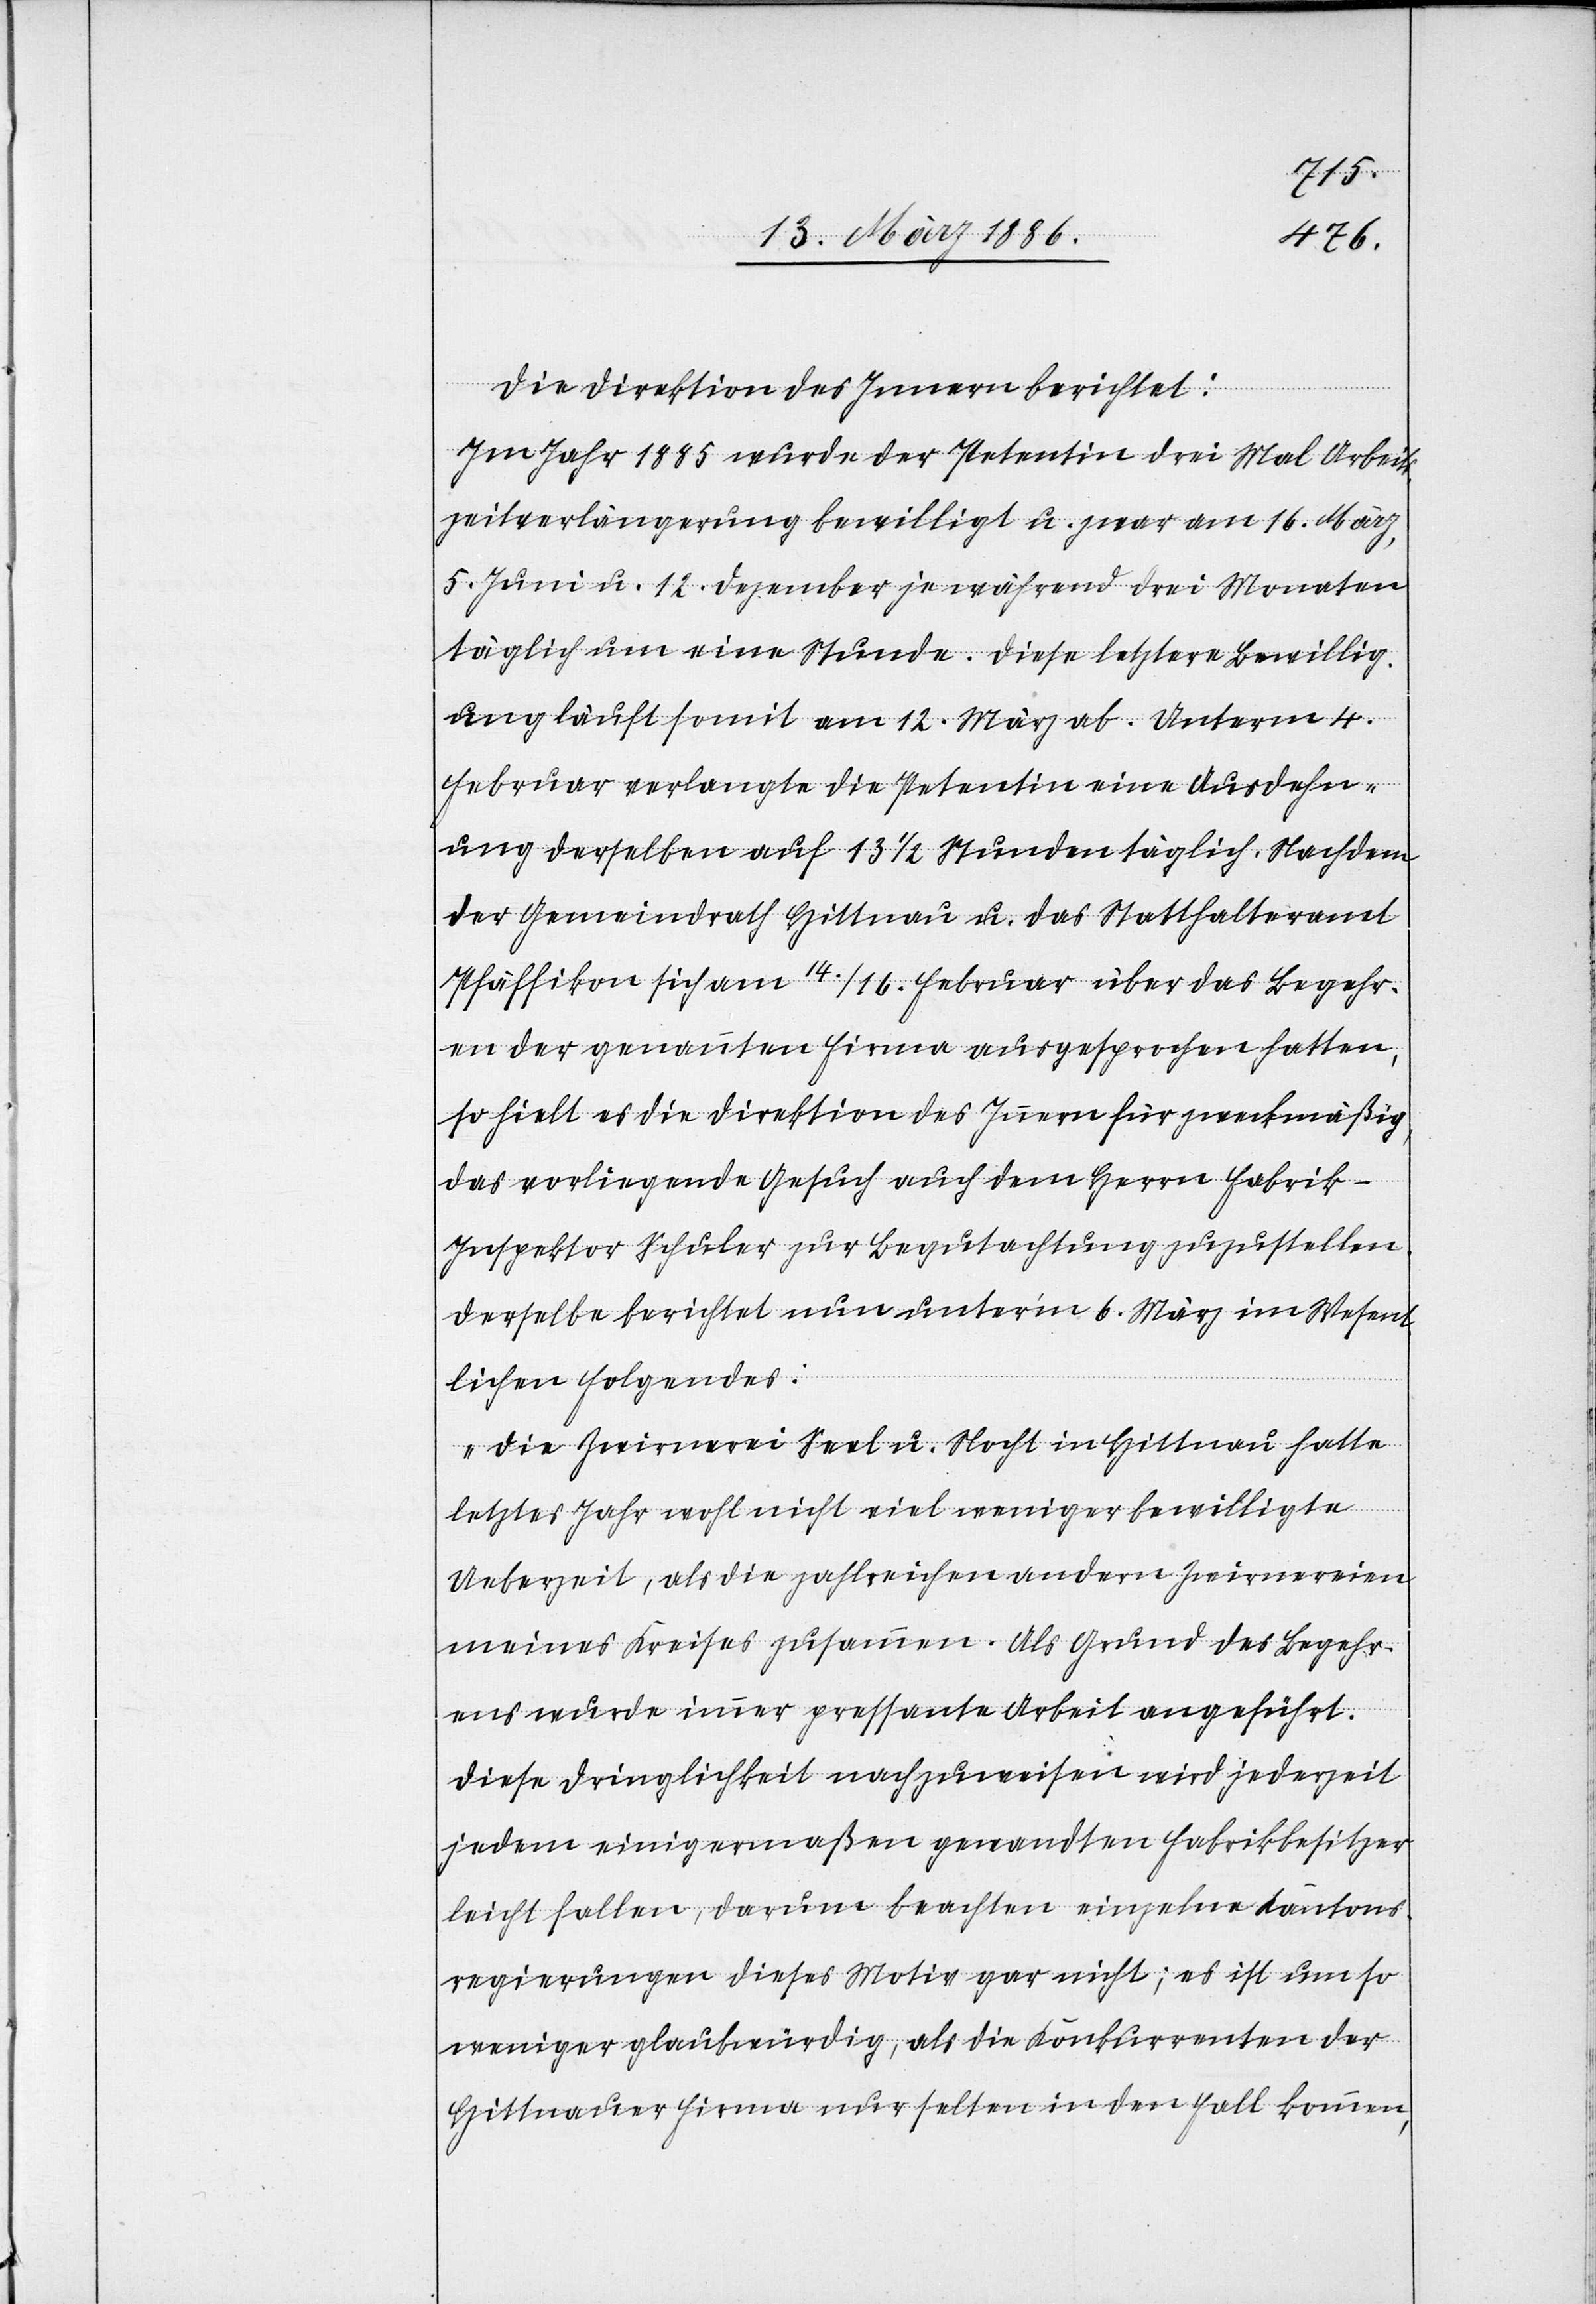
Die Direktion des Innern berichtet:
Im Jahr 1885 wurde der Petentin drei Mal Arbeits¬
zeitverlängerung bewilligt u. zwar am 16. März,
5. Juni u. 12. Dezember je während drei Monaten
täglich um eine Stunde. Diese letztere Bewillig¬
ung läuft somit am 12. März ab. Unterm 4.
Februar verlangte die Petentin eine Ausdehn¬
ung derselben auf 13 1/2 Stunden täglich. Nachdem
der Gemeindrath Hittnau u. das Statthalteramt
Pfäffikon sich am 14./16. Februar über das Begehr¬
en der genannten Firma ausgesprochen hatten,
so hielt es die Direktion des Innern für zweckmäßig,
das vorliegende Gesuch auch dem Herrn Fabri¬
k-Inspektor Schuler zur Begutachtung zuzustellen.
Derselbe berichtet nun unter’m 6. März im Wesent¬
lichen folgendes:
„Die Zwirnerei Seel u. Nocht in Hittnau hatten
letztes Jahr wohl nicht viel weniger bewilligte
Ueberzeit, als die zahlreichen andern Zwirnereien
meines Kreises zusammen. Als Grund des Begehr¬
ens wurde immer pressante Arbeit angeführt.
Diese Dringlichkeit nachzuweisen wird jederzeit
jedem einigermaßen gewandten Fabrikbesitzer
leicht fallen, darum beachten einzelne Kantons¬
regierungen dieses Motiv gar nicht; es ist um so
weniger glaubwürdig, als die Konkurrenten der
Hittnauer Firma nur selten in den Fall kommen,